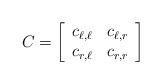
LaTeX: \begin{align*}C = \left[ \begin{array}{cc} c_{\ell,\ell} & c_{\ell,r}\\ c_{r,\ell} & c_{r,r} \end{array} \right]\end{align*}